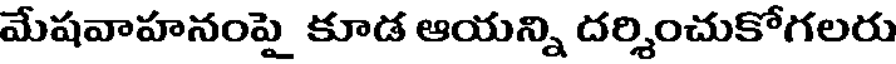
మేషవాహనంపై కూడ ఆయన్ని దర్శించుకోగలరు